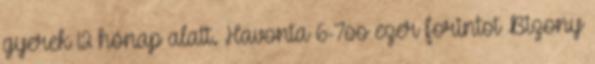
gyerek 12 hónap alatt. Havonta 6-7oo ezer forintot Bizony